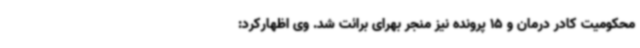
محکومیت کادر درمان و 15 پرونده نیز منجر بهرای برائت شد. وی اظهارکرد: